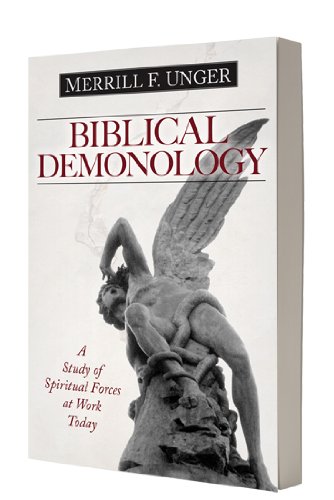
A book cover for Biblical Demonology: A Study of Spiritual Forces at Work Today; Merrill F. Unger; Christian Books & Bibles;